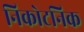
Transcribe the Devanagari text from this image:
निकोटनिक